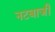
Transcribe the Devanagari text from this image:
नटबाजी